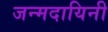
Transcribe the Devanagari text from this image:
जन्मदायिनी